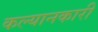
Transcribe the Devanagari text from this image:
कल्यानकारी